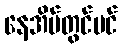
နေအိမ်တွင်ပင်